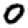
Digit: 0